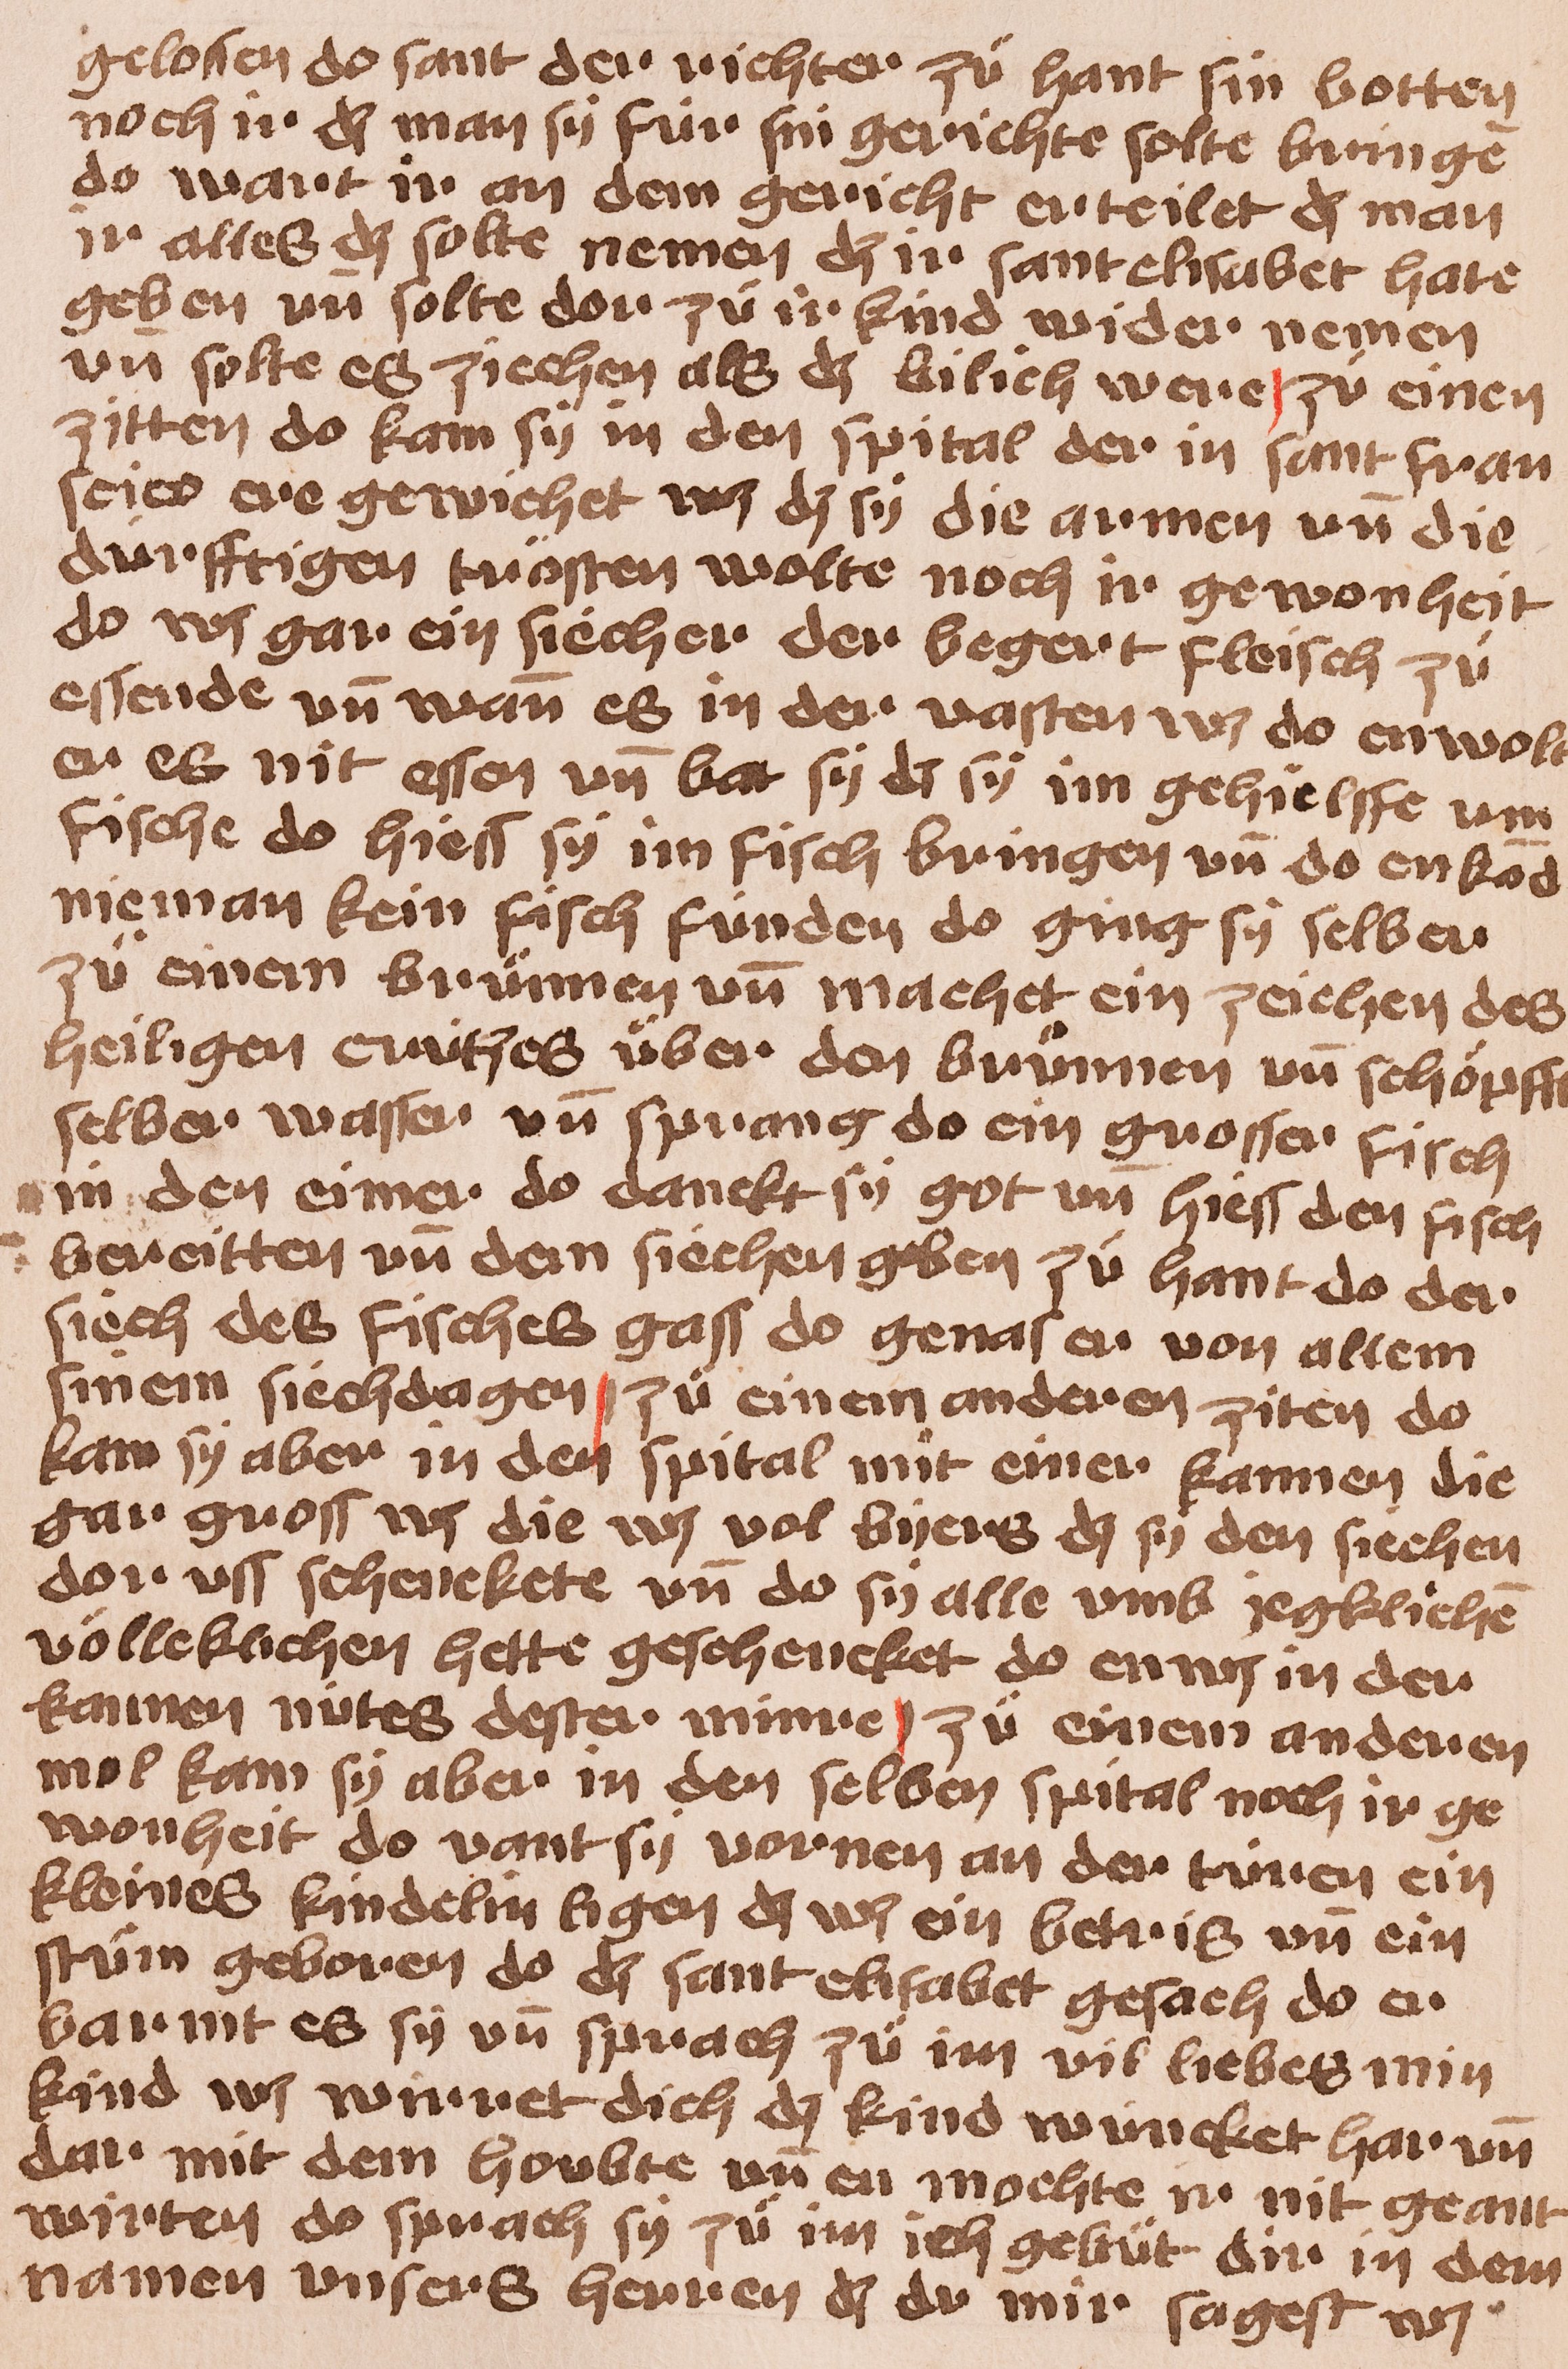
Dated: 1400–1449